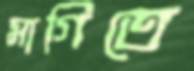
মাগিতে